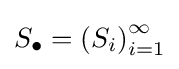
S_{\bullet }=\left(S_{i}\right)_{i=1}^{\infty }